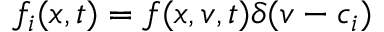
f _ { i } ( x , t ) = f ( x , v , t ) \delta ( v - c _ { i } )